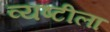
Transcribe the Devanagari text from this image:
व्यष्टीला